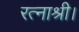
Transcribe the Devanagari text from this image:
रत्नाश्री।